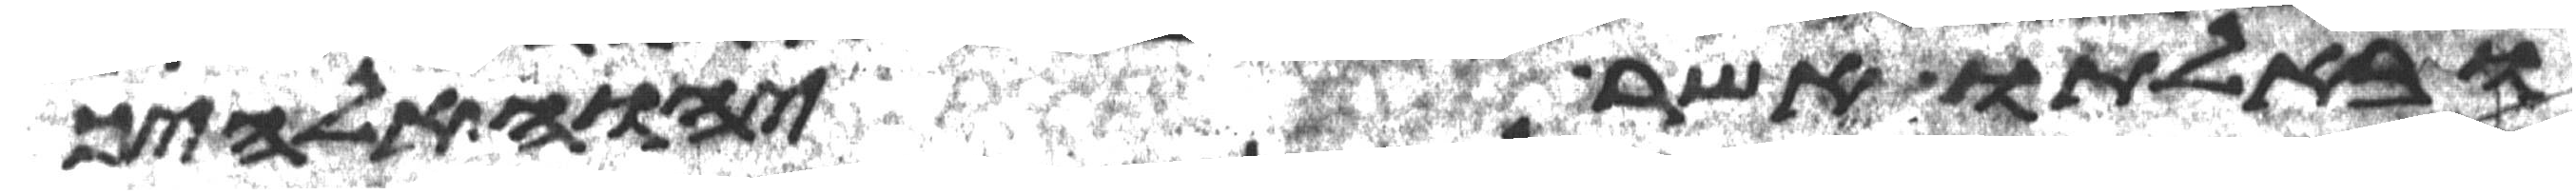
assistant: ובאלתו אשר יהוה אלהיך